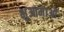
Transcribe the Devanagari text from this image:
भुआमाओं